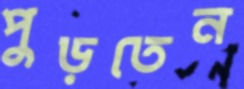
পুড়তেন